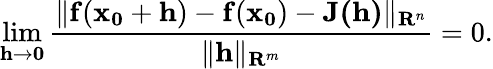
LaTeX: \operatorname*{lim}_{\mathbf{h}\to\mathbf{0}}{\frac{\| \mathbf{f}(\mathbf{x_{0}}+\mathbf{h})-\mathbf{f}(\mathbf{x_{0}})-\mathbf{J}\mathbf{(h)}\| _{\mathbf{R}^{n}}}{\| \mathbf{h}\| _{\mathbf{R}^{m}}}}=0.